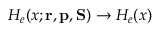
H _ { e } ( x ; { \mathbf { r } } , { \mathbf { p } } , { \mathbf { S } } ) \to H _ { e } ( x )